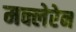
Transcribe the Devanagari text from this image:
मक्लेरेन